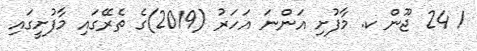
1 24 ޖޫން ކ. މާފުށި އަންނަ އަހަރު (2019)ގެ ތެރޭގައި މާފުށީގައި